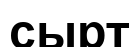
сырт